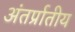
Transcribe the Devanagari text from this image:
अंतर्प्रातीय